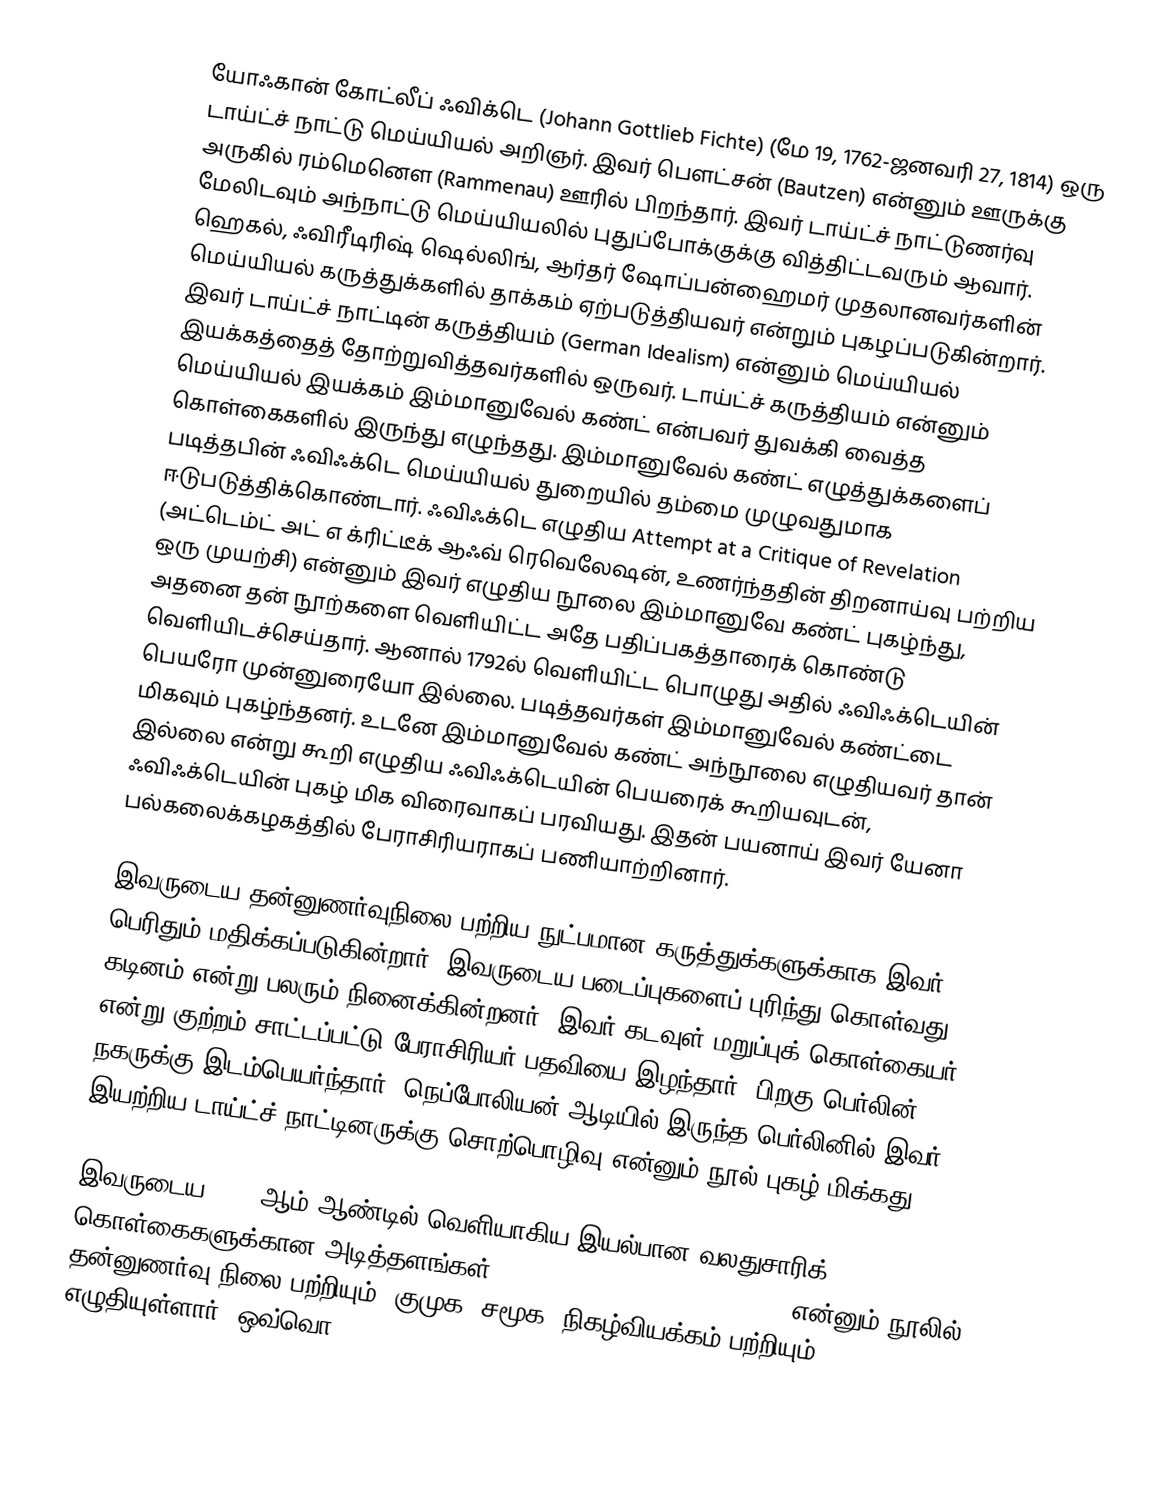
யோஃகான் கோட்லீப் ஃவிக்டெ (Johann Gottlieb Fichte) (மே 19, 1762-ஜனவரி 27, 1814) ஒரு டாய்ட்ச் நாட்டு மெய்யியல் அறிஞர். இவர் பௌட்சன் (Bautzen) என்னும் ஊருக்கு அருகில் ரம்மெனௌ (Rammenau) ஊரில் பிறந்தார். இவர் டாய்ட்ச் நாட்டுணர்வு மேலிடவும் அந்நாட்டு மெய்யியலில் புதுப்போக்குக்கு வித்திட்டவரும் ஆவார். ஹெகல், ஃவிரீடிரிஷ் ஷெல்லிங், ஆர்தர் ஷோப்பன்ஹைமர் முதலானவர்களின் மெய்யியல் கருத்துக்களில் தாக்கம் ஏற்படுத்தியவர் என்றும் புகழப்படுகின்றார். இவர் டாய்ட்ச் நாட்டின் கருத்தியம் (German Idealism) என்னும் மெய்யியல் இயக்கத்தைத் தோற்றுவித்தவர்களில் ஒருவர். டாய்ட்ச் கருத்தியம் என்னும் மெய்யியல் இயக்கம் இம்மானுவேல் கண்ட் என்பவர் துவக்கி வைத்த கொள்கைகளில் இருந்து எழுந்தது. இம்மானுவேல் கண்ட் எழுத்துக்களைப் படித்தபின் ஃவிஃக்டெ மெய்யியல் துறையில் தம்மை முழுவதுமாக ஈடுபடுத்திக்கொண்டார். ஃவிஃக்டெ எழுதிய Attempt at a Critique of Revelation (அட்டெம்ட் அட் எ க்ரிட்டீக் ஆஃவ் ரெவெலேஷன், உணர்ந்ததின் திறனாய்வு பற்றிய ஒரு முயற்சி) என்னும் இவர் எழுதிய நூலை இம்மானுவே கண்ட் புகழ்ந்து, அதனை தன் நூற்களை வெளியிட்ட அதே பதிப்பகத்தாரைக் கொண்டு வெளியிடச்செய்தார். ஆனால் 1792ல் வெளியிட்ட பொழுது அதில் ஃவிஃக்டெயின் பெயரோ முன்னுரையோ இல்லை. படித்தவர்கள் இம்மானுவேல் கண்ட்டை மிகவும் புகழ்ந்தனர். உடனே இம்மானுவேல் கண்ட் அந்நூலை எழுதியவர் தான் இல்லை என்று கூறி எழுதிய ஃவிஃக்டெயின் பெயரைக் கூறியவுடன், ஃவிஃக்டெயின் புகழ் மிக விரைவாகப் பரவியது. இதன் பயனாய் இவர் யேனா பல்கலைக்கழகத்தில் பேராசிரியராகப் பணியாற்றினார்.

இவருடைய தன்னுணர்வுநிலை பற்றிய நுட்பமான கருத்துக்களுக்காக இவர் பெரிதும் மதிக்கப்படுகின்றார். இவருடைய படைப்புகளைப் புரிந்து கொள்வது கடினம் என்று பலரும் நினைக்கின்றனர். இவர் கடவுள் மறுப்புக் கொள்கையர் என்று குற்றம் சாட்டப்பட்டு பேராசிரியர் பதவியை இழந்தார். பிறகு பெர்லின் நகருக்கு இடம்பெயர்ந்தார். நெப்போலியன் ஆடியில் இருந்த பெர்லினில் இவர் இயற்றிய டாய்ட்ச் நாட்டினருக்கு சொற்பொழிவு என்னும் நூல் புகழ் மிக்கது.

இவருடைய 1796 ஆம் ஆண்டில் வெளியாகிய இயல்பான வலதுசாரிக் கொள்கைகளுக்கான அடித்தளங்கள் (Foundations of Natural Right) என்னும் நூலில் தன்னுணர்வு நிலை பற்றியும், குமுக (சமூக) நிகழ்வியக்கம் பற்றியும் எழுதியுள்ளார். ஒவ்வொ